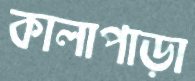
কালাপাড়া